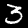
Label: 3